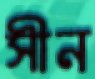
সীন